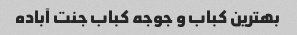
بهترین کباب و جوجه کباب جنت آباده